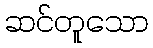
ဆင်တူသော